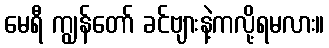
မေရီ ကျွန်တော် ခင်ဗျားနဲ့ကလို့ရမလား။